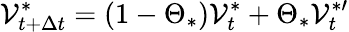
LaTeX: \mathcal{V}_{t+\Delta{t}}^{\ast}=(1-\Theta_{\ast})\mathcal{V}_{t}^{\ast}+\Theta_{\ast}\mathcal{V}_{t}^{\ast\prime}